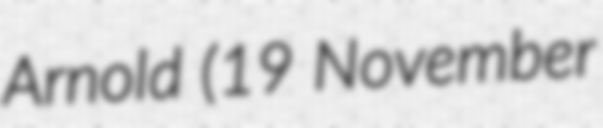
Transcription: Arnold (19 November